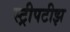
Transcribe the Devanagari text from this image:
स्ट्रीपटीझ